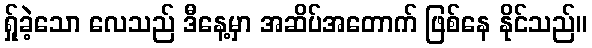
ရ်ှုခဲ့သော လေသည် ဒီနေ့မှာ အဆိပ်အတောက် ဖြစ်နေ နိုင်သည်။